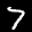
Label: 7